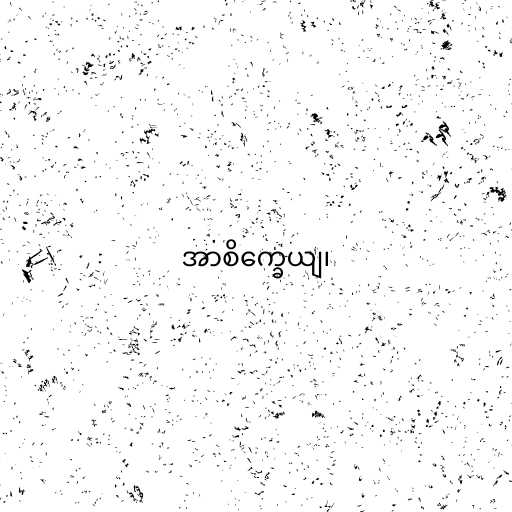
အာစိက္ခေယျ၊